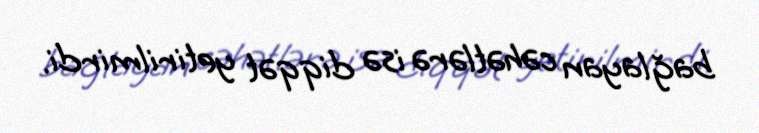
bağlayan cəhətlərə isə diqqət yetirilmirdi.